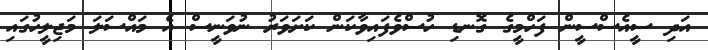
އަދި ސީއެސްސީން ފަހްމީގެ ގޮނޑި ހުސްވެފައިވާކަން ކަށަވަރު ނުވަނީސް އެ މައްސަލަ މަޖިލީހުގައި